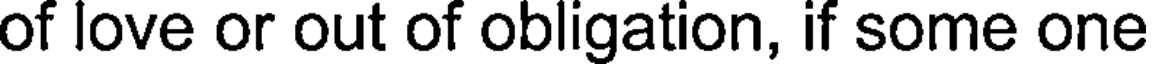
of love or out of obligation, if some one